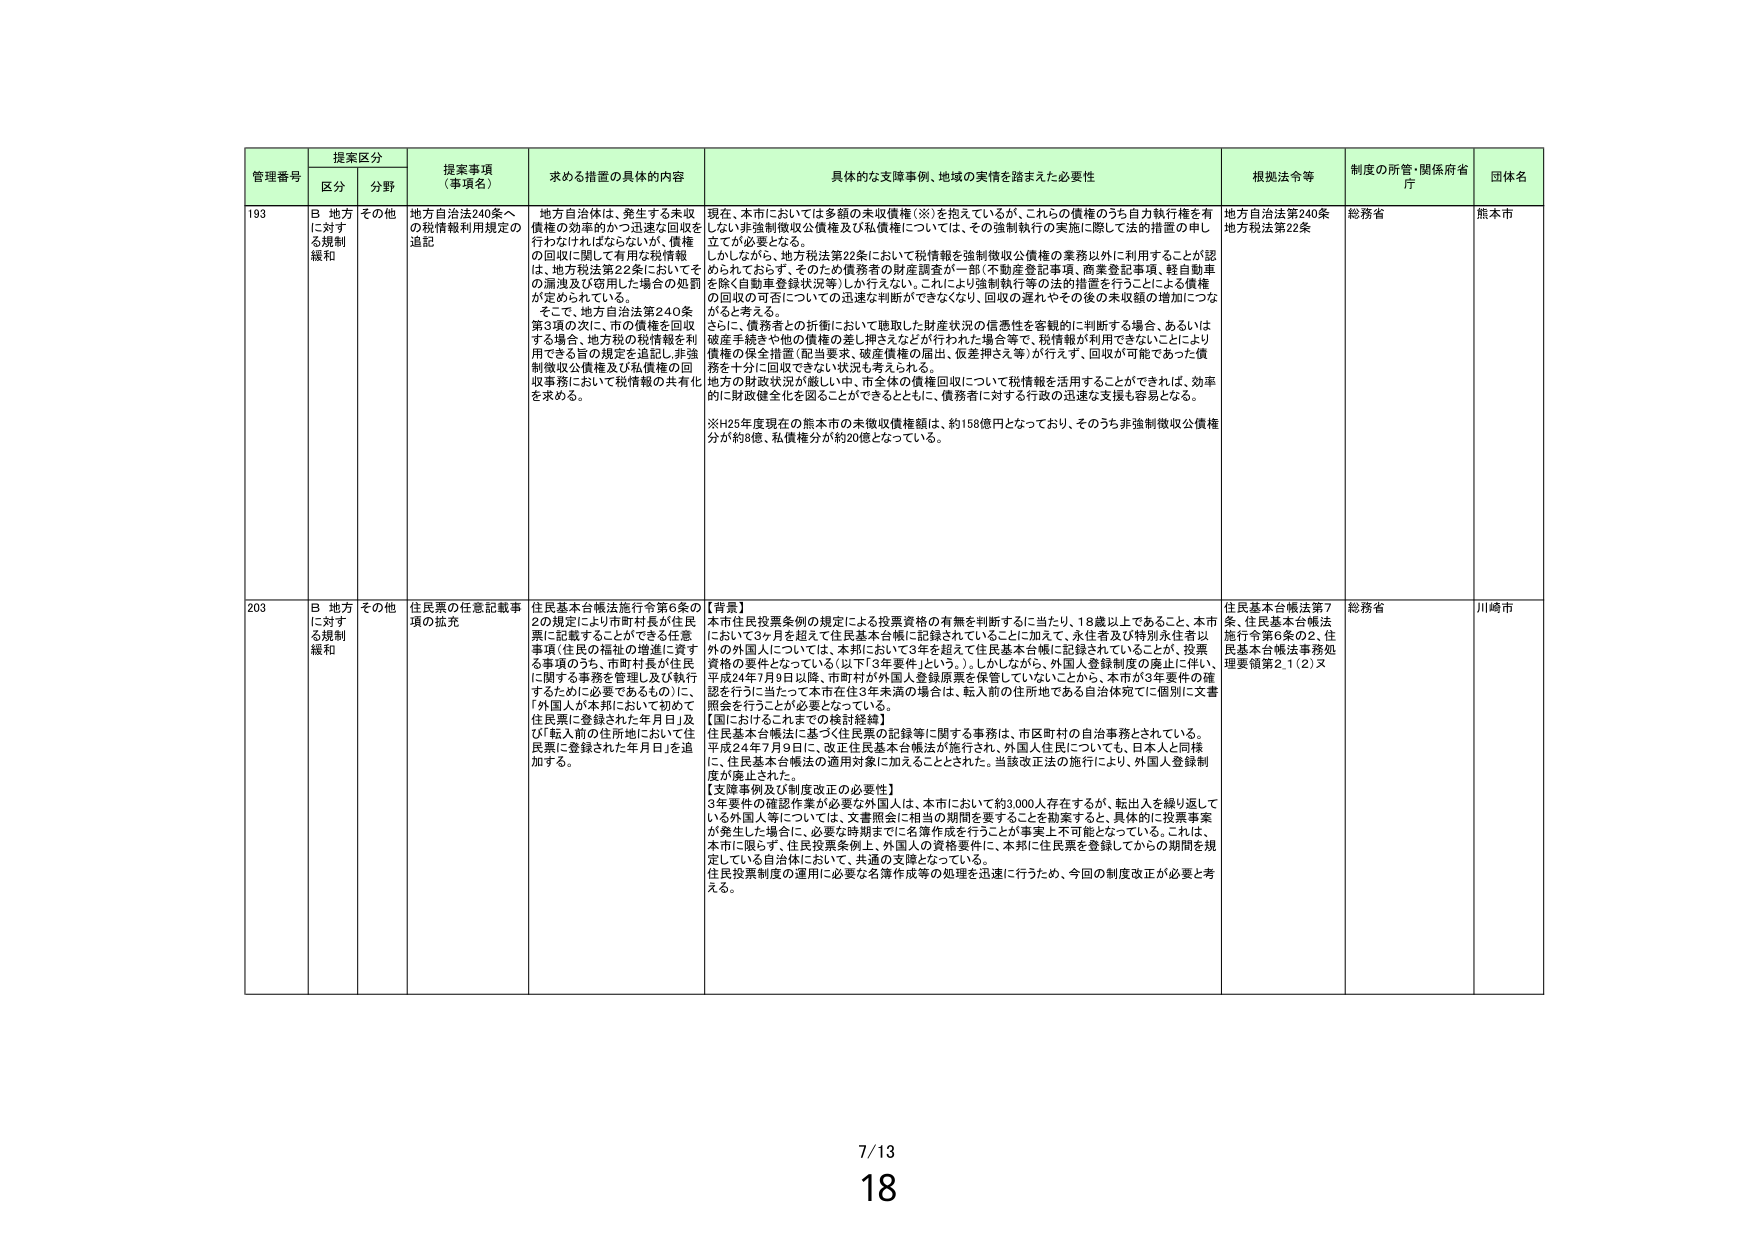
管理番号 提案区分 提案事項（事項名） 求める措置の具体的内容 具体的な支障事例、地域の実情を踏まえた必要性 根拠法令等 制度の所管・関係府省庁 団体名
区分 分野
193 B 地方に対する規制緩和 その他 地方自治法240条への税情報利用規定の追記 地方自治体は、発生する未収債権の効率的かつ迅速な回収を行わなければならないが、債権の回収に関して有用な税情報は、地方税法第22条においてその漏洩及び窃用した場合の処罰が定められている。 そこで、地方自治法第240条第3項の次に、市の債権を回収する場合、地方税の税情報を利用できる旨の規定を追記し、非強制徴収公債権及び私債権の回収事務において税情報の共有化を求める。 現在、本市においては多額の未収債権（※）を抱えているが、これらの債権のうち自力執行権を有しない非強制徴収公債権及び私債権については、その強制執行の実施に際して法的措置の申し立てが必要となる。 しかしながら、地方税法第22条において税情報を強制徴収公債権の業務以外に利用することが認められておらず、そのため債務者の財産調査が一部（不動産登記事項、商業登記事項、軽自動車を除く自動車登録状況等）しか行えない。これにより強制執行等の法的措置を行うことによる債権の回収の可否についての迅速な判断ができなくなり、回収の遅れやその後の未収額の増加につながると考える。 さらに、債務者との折衝において聴取した財産状況の信憑性を客観的に判断する場合、あるいは破産手続きや他の債権の差し押さえなどが行われた場合等で、税情報が利用できないことにより債権の保全措置（配当要求、破産債権の届出、仮差押さえ等）が行えず、回収が可能であった債務を十分に回収できない状況も考えられる。 地方の財政状況が厳しい中、市全体の債権回収について税情報を活用することができれば、効率的に財政健全化を図ることができるとともに、債務者に対する行政の迅速な支援も容易となる。 ※H25年度現在の熊本市の未徴収債権額は、約158億円となっており、そのうち非強制徴収公債権分が約8億、私債権分が約20億となっている。 地方自治法第240条 地方税法第22条 総務省 熊本市
203 B 地方に対する規制緩和 その他 住民票の任意記載事項の拡充 住民基本台帳法施行令第6条の2の規定により市町村長が住民票に記載することができる任意事項（住民の福祉の増進に資する事項のうち、市町村長が住民に関する事務を管理し及び執行するために必要であるもの）に、「外国人が本邦において初めて住民票に登録された年月日」及び「転入前の住所地において住民票に登録された年月日」を追加する。 【背景】 本市住民投票条例の規定による投票資格の有無を判断するに当たり、18歳以上であること、本市において3ヶ月を超えて住民基本台帳に記録されていることに加えて、永住者及び特別永住者以外の外国人については、本邦において3年を超えて住民基本台帳に記録されていることが、投票資格の要件となっている（以下「3年要件」という。）。しかしながら、外国人登録制度の廃止に伴い、平成24年7月9日以降、市町村が外国人登録原票を保管していないことから、本市が3年要件の確認を行うに当たって本市在住3年未満の場合は、転入前の住所地である自治体宛てに個別に文書照会を行うことが必要となっている。 【国におけるこれまでの検討経緯】 住民基本台帳法に基づく住民票の記録等に関する事務は、市区町村の自治事務とされている。 平成24年7月9日に、改正住民基本台帳法が施行され、外国人住民についても、日本人と同様に、住民基本台帳法の適用対象に加えることとされた。当該改正法の施行により、外国人登録制度が廃止された。 【支障事例及び制度改正の必要性】 3年要件の確認作業が必要な外国人は、本市において約3,000人存在するが、転出人を繰り返している外国人等については、文書照会に相当の期間を要することを勘案すると、具体的に投票事業が発生した場合に、必要な時期までに名簿作成を行うことが事実上不可能となっている。これは、本市に限らず、住民投票条例上、外国人の資格要件に、本邦に住民票を登録してからの期間を規定している自治体において、共通の支障となっている。 住民投票制度の運用に必要な名簿作成等の処理を迅速に行うため、今回の制度改正が必要と考える。 住民基本台帳法第7条、住民基本台帳法施行令第6条の2、住民基本台帳法事務処理要領第2.1(2)又 総務省 川崎市
7/13
18